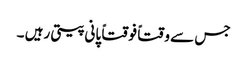
جس سے وقتاً فوقتاً پانی پیتی رہیں ۔